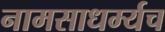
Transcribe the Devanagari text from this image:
नामसाधर्म्यच